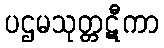
ပဌမသုတ္တဋီကာ